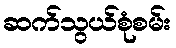
ဆက်သွယ်စုံစမ်း